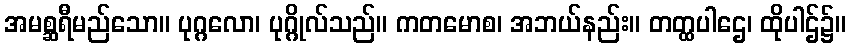
အမစ္ဆရီမည်သော။ ပုဂ္ဂလော၊ ပုဂ္ဂိုလ်သည်။ ကတမောစ၊ အဘယ်နည်း။ တတ္ထပါဌေ၊ ထိုပါဌ်၌။